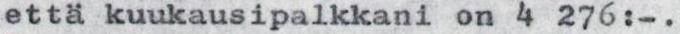
että kuukausipalkkani on 4 276:-.